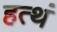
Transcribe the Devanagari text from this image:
हत्थं